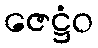
ဇေဋ္ဌံဝ